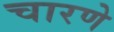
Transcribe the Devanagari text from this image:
चारणे